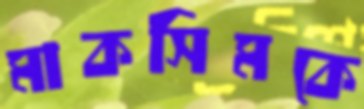
মাকসিমকে